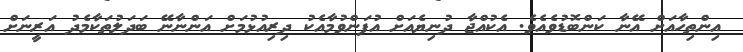
އިންތިހާއަށް އޭނާ ކަންބޮޑުވެއެވެ. އެކުއްޖާ ދުނިޔެއަށް އުފަންވުމާއެކު ދިރިއުޅުމަށް އަންނާނޭ ބަދަލުތަކާމެދު އަރީނަށް